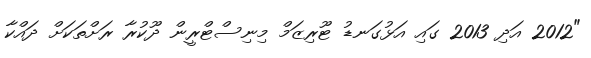
"2012 އަދި 2013 ގައި އަޅުގަނޑު ޓޫރިޒަމް މިނިސްޓްރީން ދޫކުރާ ރަށްތަކަށް ދައްކާ